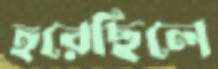
হরেছিলে